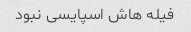
فیله هاش اسپایسی نبود